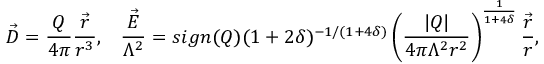
\vec { D } = \frac { Q } { 4 \pi } \frac { \vec { r } } { r ^ { 3 } } , \; \; \; \frac { \vec { E } } { \Lambda ^ { 2 } } = s i g n ( Q ) ( 1 + 2 \delta ) ^ { - 1 / ( 1 + 4 \delta ) } \left( \frac { | Q | } { 4 \pi \Lambda ^ { 2 } r ^ { 2 } } \right) ^ { \frac { 1 } { 1 + 4 \delta } } \frac { \vec { r } } { r } ,